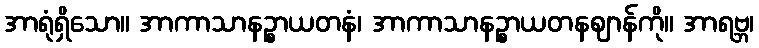
အာရုံရှိသော။ အာကာသာနဉ္စာယတနံ၊ အာကာသာနဉ္စာယတနဈာန်ကို။ အာရဗ္ဘ၊